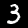
Digit: 3